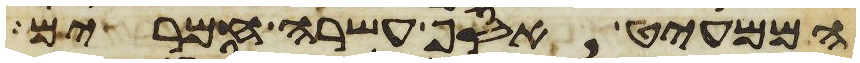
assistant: הממעיט אסף עשרה חמרים